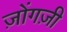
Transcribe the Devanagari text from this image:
ज़ोंगज़ी